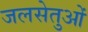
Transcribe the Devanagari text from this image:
जलसेतुओं